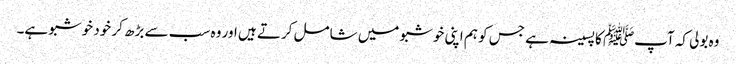
وہ بولی کہ آپﷺ کا پسینہ ہے جس کو ہم اپنی خوشبو میں شامل کرتے ہیں اور وہ سب سے بڑھ کر خود خوشبو ہے۔